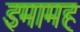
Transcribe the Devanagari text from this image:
इमामह